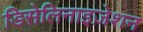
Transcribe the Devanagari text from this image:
डिसेलिनाइज़ेशन